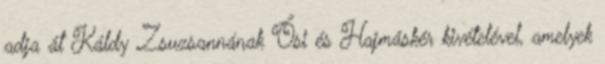
adja át Káldy Zsuzsannának Ősi és Hajmáskér kivételével, amelyek